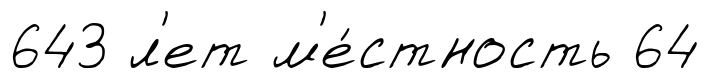
643 л'ет м'е́стность 64